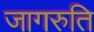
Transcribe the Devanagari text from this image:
जागरुति